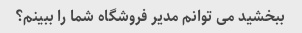
ببخشید می توانم مدیر فروشگاه شما را ببینم؟